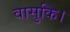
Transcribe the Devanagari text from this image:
वासुकि।